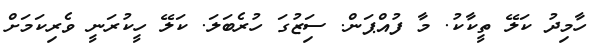
ހާމިދު ކަލޭ ތީކާކު. މާ ފުއްޕަން. ސަިޒުގަ ހުރެބަލަ. ކަލޭ ހީކުރަނީ ވެރިކަމަށް